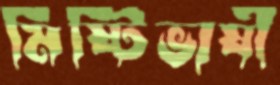
মিষ্টিভাষী